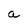
Character: a